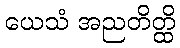
ယေသံ အညတိတ္ထိ